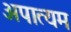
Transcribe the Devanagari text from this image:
अपात्यम